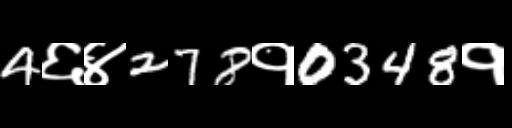
Text: 4६४278१0348१